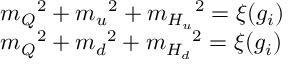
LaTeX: \begin{array} { l } { { { m _ { Q } } ^ { 2 } + { m _ { u } } ^ { 2 } + { m _ { H _ { u } } } ^ { 2 } = \xi ( { g _ { i } } ) } } \\ { { { m _ { Q } } ^ { 2 } + { m _ { d } } ^ { 2 } + { m _ { H _ { d } } } ^ { 2 } = \xi ( { g _ { i } } ) } } \end{array}